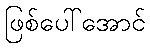
ဖြစ်ပေါ်အောင်